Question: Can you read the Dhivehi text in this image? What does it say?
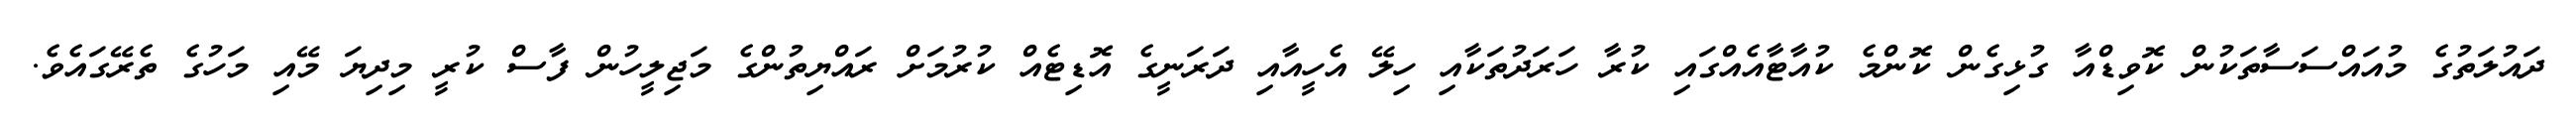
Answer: ދައުލަތުގެ މުއައްސަސާތަކުން ކޮވިޑްއާ ގުޅިގެން ކޮންމެ ކުއާޓާއެއްގައި ކުރާ ހަރަދުތަކާއި ހިލޭ އެހީއާއި ދަރަނީގެ އޮޑިޓެއް ކުރުމަށް ރައްޔިތުންގެ މަޖިލީހުން ފާސް ކުރީ މިދިޔަ މޭއި މަހުގެ ތެރޭގައެވެ.